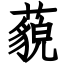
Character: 藐